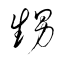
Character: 甥